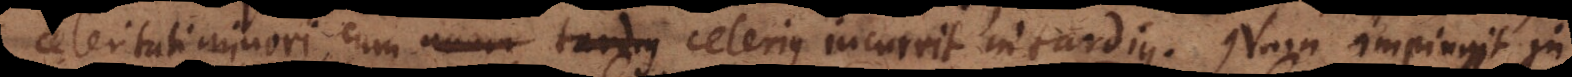
celeritati minori, cum celerius incurrit in tardius. Nam impingit in